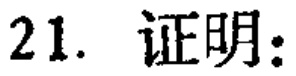
21. 证明：